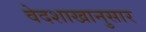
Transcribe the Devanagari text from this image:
वेदशाखानुसार